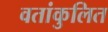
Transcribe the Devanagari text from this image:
वतांकुलित